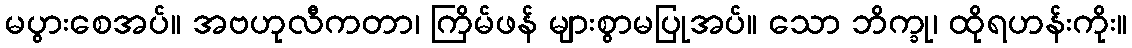
မပွားစေအပ်။ အဗဟုလီကတာ၊ ကြိမ်ဖန် များစွာမပြုအပ်။ သော ဘိက္ခု၊ ထိုရဟန်းကိုး။